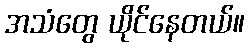
အသံတွေ ယိုင်နေတယ်။